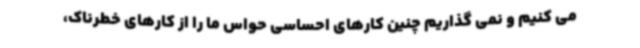
می کنیم و نمی گذاریم چنین کارهای احساسی حواس ما را از کارهای خطرناک،